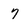
Character: 7